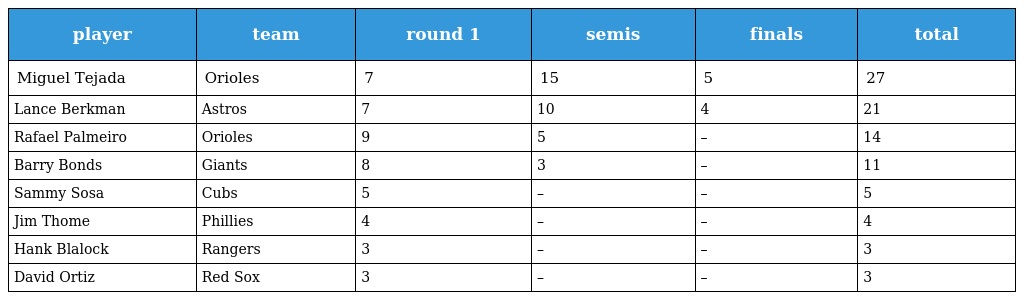
| player | team | round 1 | semis | finals | total |
 | --- | --- | --- | --- | --- | --- |
 | Miguel Tejada | Orioles | 7 | 15 | 5 | 27 |
 | Lance Berkman | Astros | 7 | 10 | 4 | 21 |
 | Rafael Palmeiro | Orioles | 9 | 5 | – | 14 |
 | Barry Bonds | Giants | 8 | 3 | – | 11 |
 | Sammy Sosa | Cubs | 5 | – | – | 5 |
 | Jim Thome | Phillies | 4 | – | – | 4 |
 | Hank Blalock | Rangers | 3 | – | – | 3 |
 | David Ortiz | Red Sox | 3 | – | – | 3 |